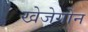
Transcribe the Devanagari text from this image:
खेजेगोन